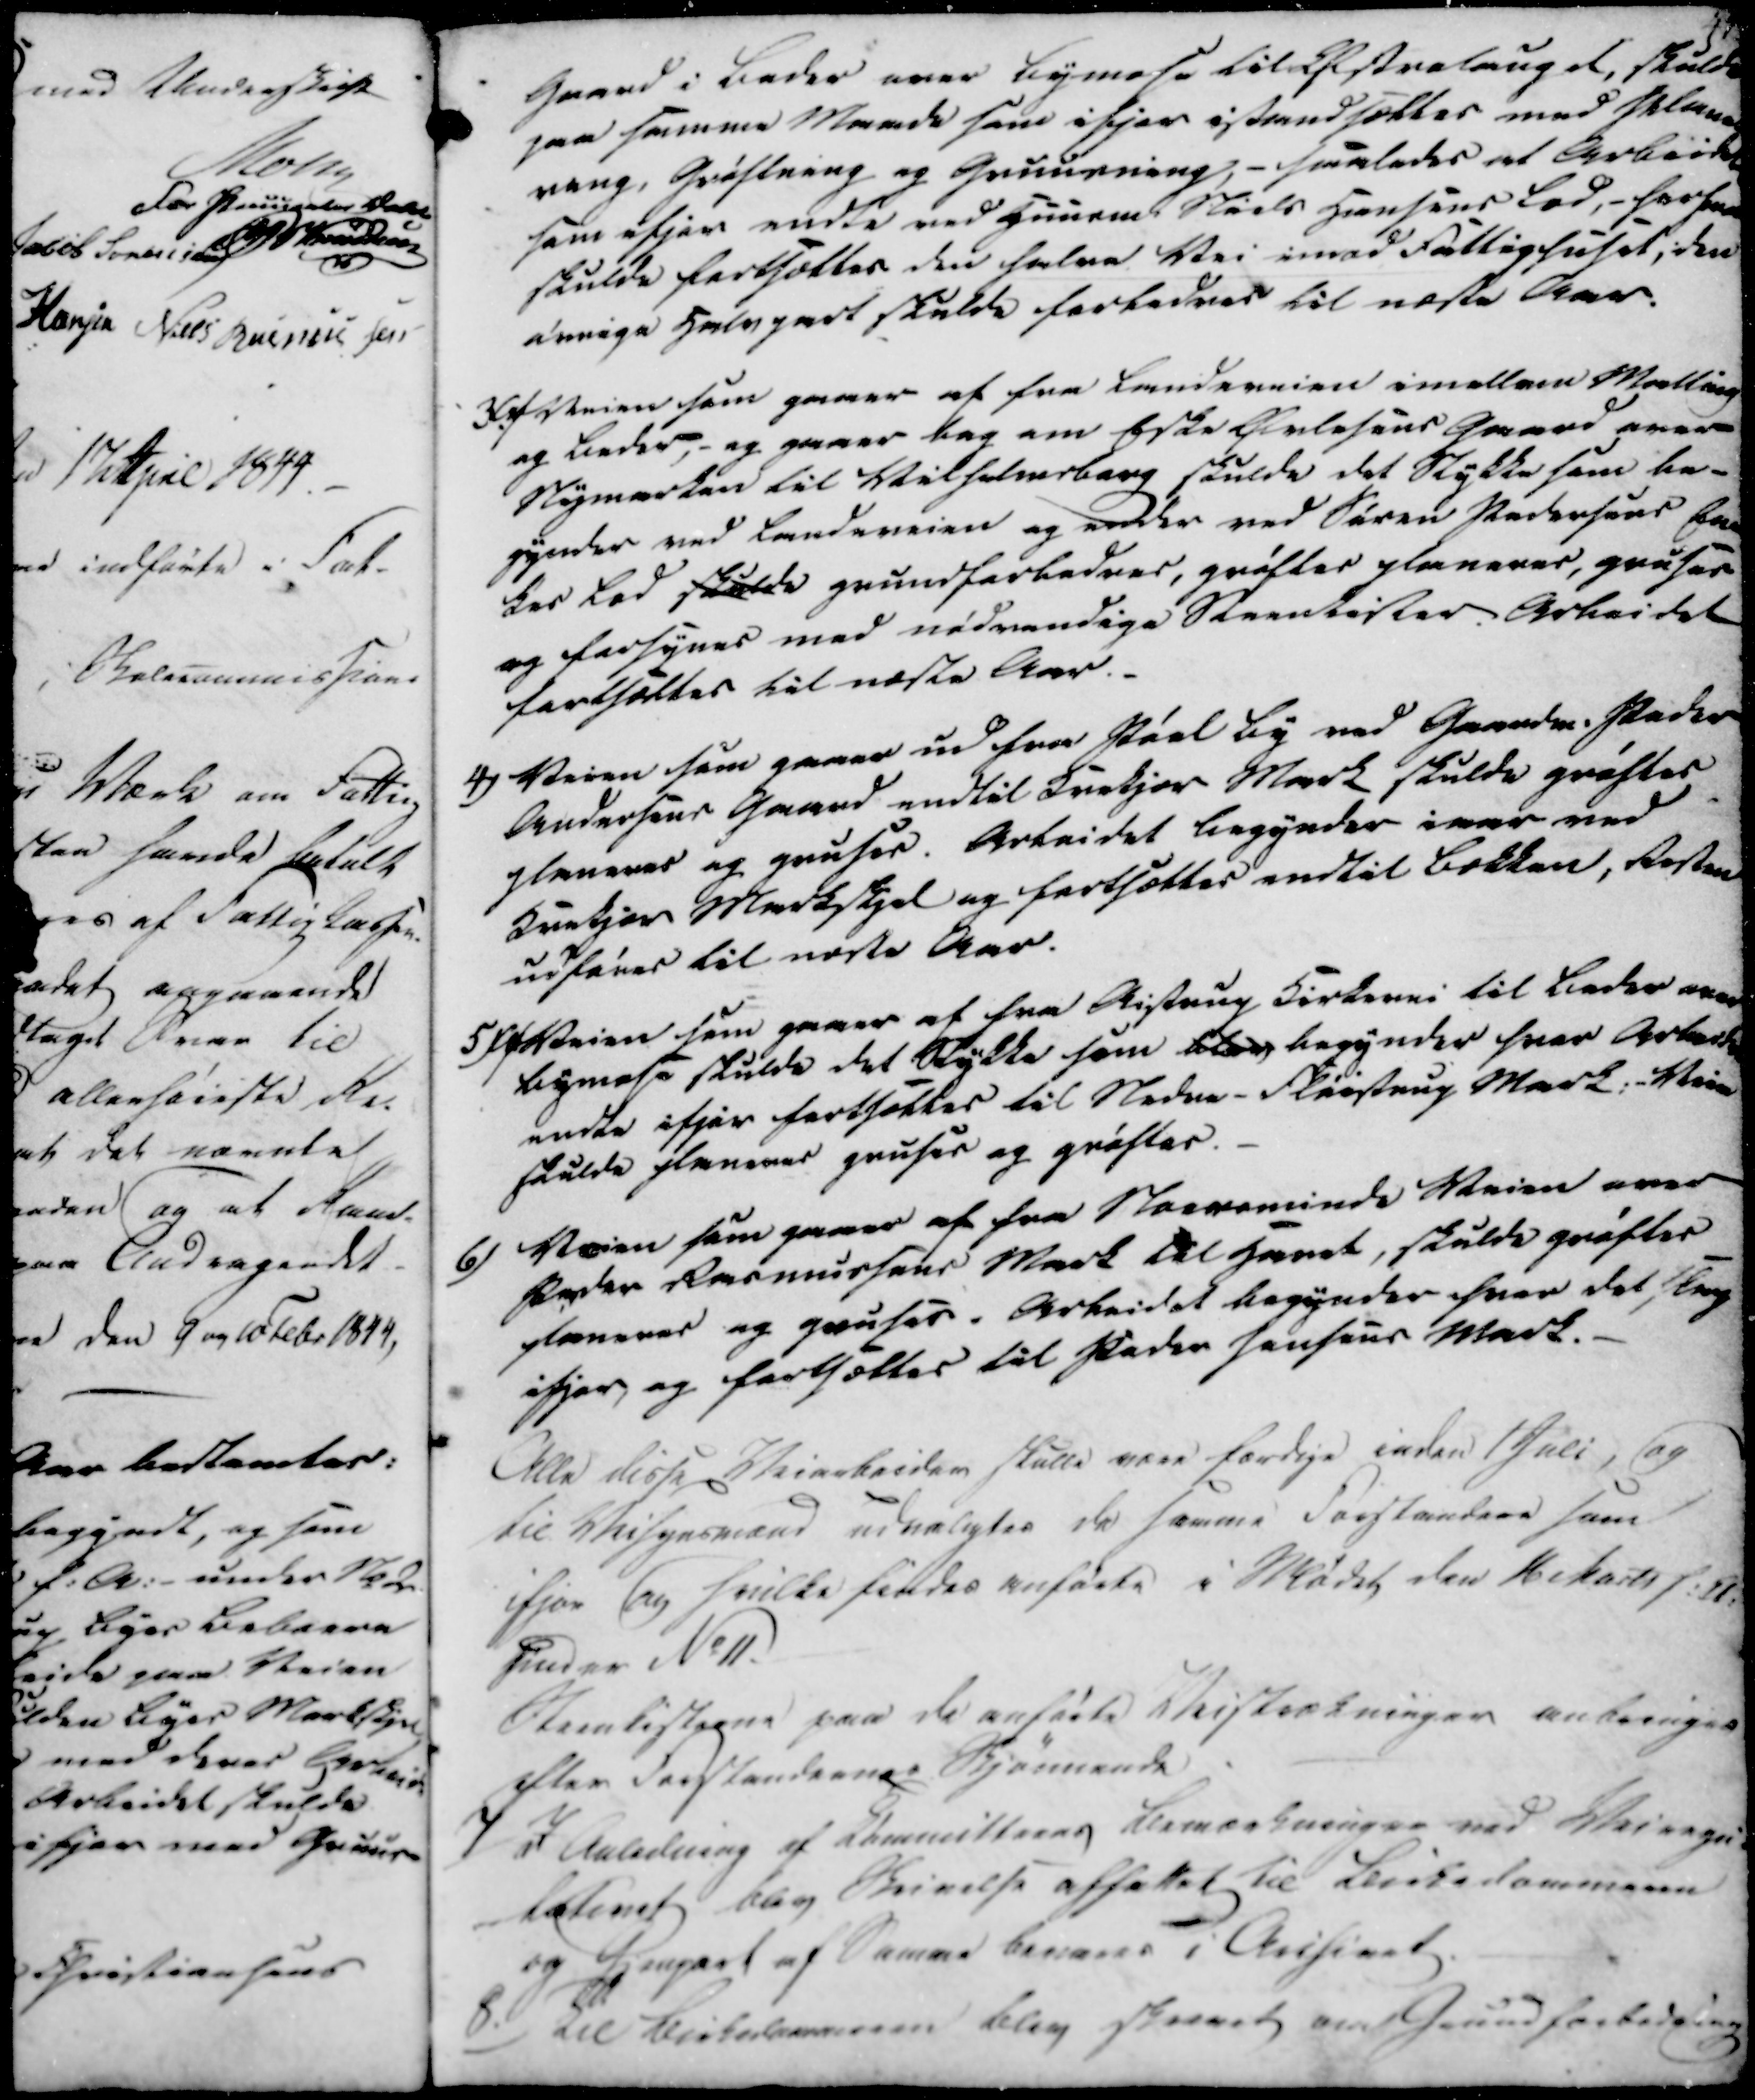
Transskription:
Gaard i Beder over Bymose til Efstrelaugel, skulde
paa samme Maade som ifjor istandsættes med Plane
reng, Grøftning og Gruusning, - saaledes at Arbeidet
som ifjor endte ved Huusmd Niels Hansens Lod, - for
skulde fortsættes den halve Vei imod Fattighuset, den
øvrige Halvgart skulde forbedres til næste Aar.

3.
Af Veien som gaaer af fra Landeveien imellem Malling
og Beder, - og gaaer bag om beske Orlasens Gaard over
Nymarken til Wilhelmsborg skulde det Stykke som be-
gynder ved Landeveien og ender ved Søren Pedersens En-
kes Lod skulde grundforbedres, grøftes planeres, gruses
og forsynes med nødvendige Steenkister. Arbeidet
fortsættes til næste Aar.

4)
Veien som gaaer ud fra Pøel By ved Gaardm. Peder
Andersens Gaard endtil Brokjær Mark skulde grøftes
planeres og gruses. Arbeidet begynder iver med
Brokjær Markskjel og fortsættes endtil bækken, Resten
udføres til næste Aar.

5)
Veien som gaaer af fra Aistrup Kirkevei til Beder over
Bymose skulde det Stykke som blev begynder hvor Arbeidet
endte ifjor fortsættes til Neder-Fløistrup Mark; - Veien
skulde planeres gruses og grøftes.

6)
Veien som gaaer af fra Norsminde Veien over
Peder Rasmussens Mark til Heret, skulde grøftes
saneres og gruses. Arbeidet begynder hvor det slup
ifjor, og fortsættes til Peder Jensens Mark.

Alle disse Veiarbeider skulle være færdige inden 1 Juli, og
til Veisynsmænd udvalgtes da samme Forstandere som
ifjor og hvilke findes anførte i Mødet den 16 Marts f.A.
Under No 11.
Steenkisterne paa de anførte Veistrækninger anbringes
efter Forstandernes Skjønnende

7/

I Anledning af Klømenitterens Bemærkninger ved Veiregn-
latenet blev Skrivelse affattet til Birkedommeren
og Gjenpart af Samme bevares i Arihiret.

8.)

Til Birkedommeren blev skrevet om Grundforbedring